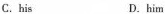
C.his D.him